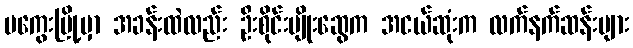
မကွေးမြို့မှာ အခန်းထဲလည်း ဦးစိုင်းမျိုးဆွေက အငယ်ဆုံးက လက်နက်ဆန်းများ